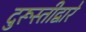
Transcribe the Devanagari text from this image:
दुरूस्तीद्वारे